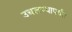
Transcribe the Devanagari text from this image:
उचलण्यापर्यंत